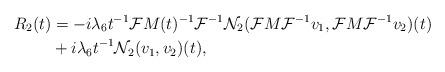
LaTeX: \begin{align*}R_2(t) &= -i\lambda_6 t^{-1} \mathcal{F}M(t)^{-1} \mathcal{F}^{-1} \mathcal{N}_2 (\mathcal{F}M{{\mathcal F}}^{-1}v_1, \mathcal{F}M{{\mathcal F}}^{-1}v_2) (t) \\& +i \lambda_6 t^{-1} \mathcal{N}_2 (v_1,v_2)(t) , \end{align*}